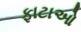
ફાટાઓ